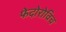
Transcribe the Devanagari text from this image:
फेदोरोविच